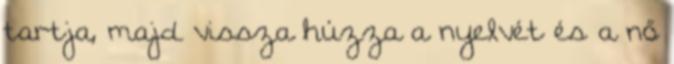
tartja, majd vissza húzza a nyelvét és a nő